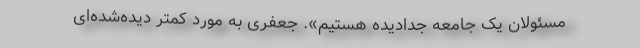
مسئولان یک جامعه جدا‌دیده هستیم». جعفری به مورد کمتر دیده‌شده‌ای